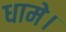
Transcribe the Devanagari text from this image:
धामे।